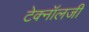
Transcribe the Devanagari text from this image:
टेक्‍नॉलजी